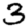
Digit: 3